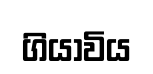
ගියාවිය